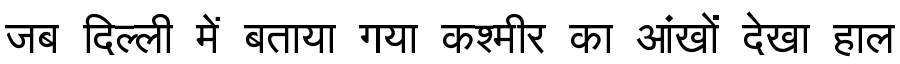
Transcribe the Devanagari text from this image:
जब दिल्ली में बताया गया कश्मीर का आंखों देखा हाल